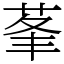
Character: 莑